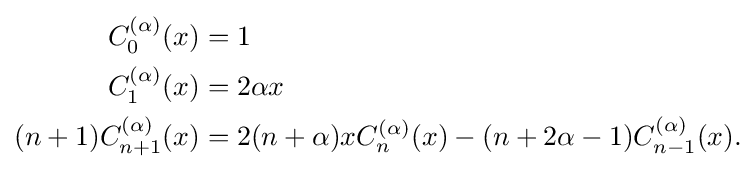
{\begin{aligned}C_{0}^{(\alpha )}(x)&=1\\C_{1}^{(\alpha )}(x)&=2\alpha x\\(n+1)C_{n+1}^{(\alpha )}(x)&=2(n+\alpha )xC_{n}^{(\alpha )}(x)-(n+2\alpha -1)C_{n-1}^{(\alpha )}(x).\end{aligned}}